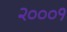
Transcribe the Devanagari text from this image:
२०००१